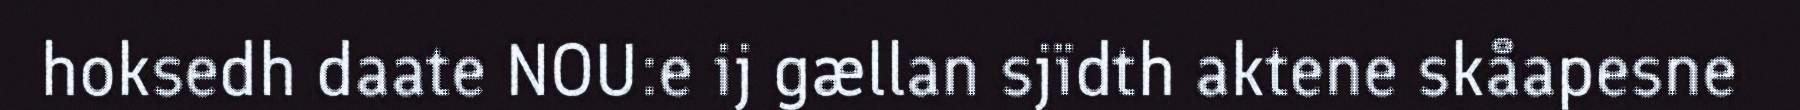
hoksedh daate NOU:e ij gællan sjïdth aktene skåapesne